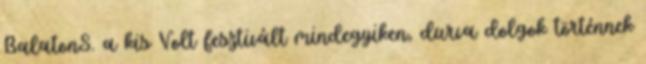
BalatonS. a kis Volt fesztivált mindegyiken, durva dolgok történnek